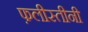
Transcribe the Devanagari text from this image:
फ़लीस्तीनी